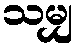
သမျှ